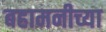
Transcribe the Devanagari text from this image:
बहामनीच्या